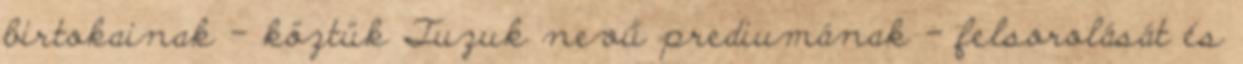
birtokainak – köztük Tuzuk nevű prediumának – felsorolását és